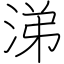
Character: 涕